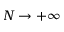
N \to + \infty